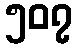
၅၀၇